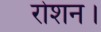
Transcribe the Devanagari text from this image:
रोशन।